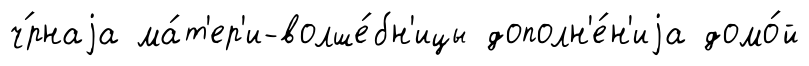
ч́рнаjа ма́т'ер'и-волше́бн'ицы дополн'е́н'иjа домо́й